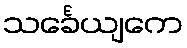
သင်္ခေယျကေ